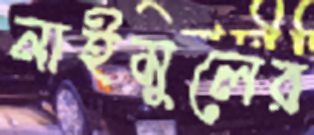
নাইমুলের